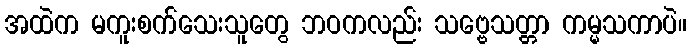
အထဲက မကူးစက်သေးသူတွေ ဘဝကလည်း သဗ္ဗေသတ္တာ ကမ္မသကာပဲ။